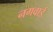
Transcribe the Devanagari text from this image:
नगवाई